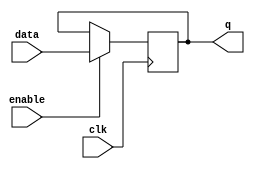
module transparent_latch(
  input wire enable,
  input wire data,
  input wire clk,
  output reg q
);

always @(posedge clk) begin
  if(enable) begin
    q <= data;
  end
end

endmodule